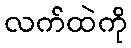
လက်ထဲကို